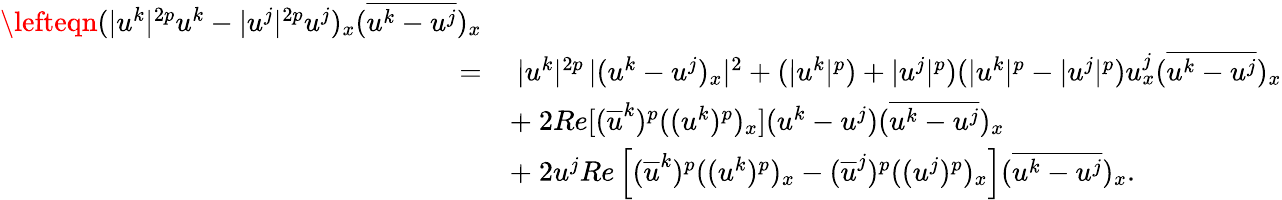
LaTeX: \begin{array}{rl}{\lefteqn{(|u^{k}|^{2p}u^{k}-|u^{j}|^{2p}u^{j})_{x}(\overline{{u^{k}-u^{j}}})_{x}}}\\ {=}&{\ |u^{k}|^{2p}\, |(u^{k}-u^{j})_{x}|^{2}+(|u^{k}|^{p})+|u^{j}|^{p})(|u^{k}|^{p}-|u^{j}|^{p})u_{x}^{j}(\overline{{u^{k}-u^{j}}})_{x}}\\ &{+\ 2Re[(\overline{{u}}^{k})^{p}((u^{k})^{p})_{x}](u^{k}-u^{j})(\overline{{u^{k}-u^{j}}})_{x}}\\ &{+\ 2u^{j}Re\left[(\overline{{u}}^{k})^{p}((u^{k})^{p})_{x}-(\overline{{u}}^{j})^{p}((u^{j})^{p})_{x}\right](\overline{{u^{k}-u^{j}}})_{x}.}\end{array}